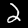
Digit: 2